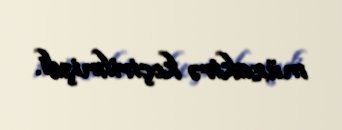
müzakirə keçirilmişdi.